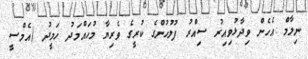
ނިލާމް އެހެން ވިދާޅުވިއިރު ސިއްރު ފުލުހުންގެ ކުރީގެ ވެރިޔާ މުހައްމަދު ހަމީދު (އެމްސީ